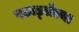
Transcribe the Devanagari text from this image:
पछाड्लेल्या